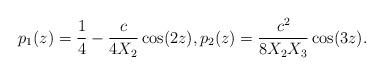
LaTeX: \begin{align*}p_1(z) = \frac14 - \frac c{4X_2}\cos(2z),p_2(z) = \frac{c^2}{8X_2X_3}\cos(3z).\end{align*}